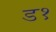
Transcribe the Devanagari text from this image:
ड१